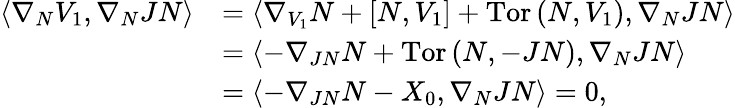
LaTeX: \begin{array}{rl}{\left\langle\nabla_{N}V_{1},\nabla_{N}JN\right\rangle}&{=\left\langle\nabla_{V_{1}}N+\left[N,V_{1}\right]+\mathrm{Tor}\left(N,V_{1}\right),\nabla_{N}JN\right\rangle}\\ &{=\left\langle-\nabla_{JN}N+\mathrm{Tor}\left(N,-JN\right),\nabla_{N}JN\right\rangle}\\ &{=\left\langle-\nabla_{JN}N-X_{0},\nabla_{N}JN\right\rangle=0,}\end{array}